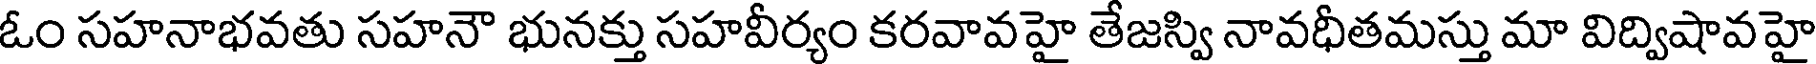
ఓం సహనాభవతు సహనౌ భునక్తు సహవీర్యం కరవావహై తేజస్వి నావధీతమస్తు మా విద్విషావహై